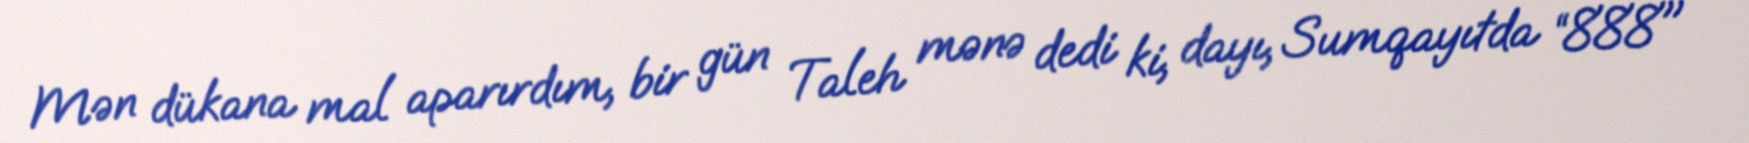
Mən dükana mal aparırdım, bir gün Taleh mənə dedi ki, dayı, Sumqayıtda “888"